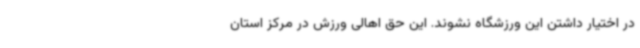
در اختیار داشتن این ورزشگاه نشوند. این حق اهالی ورزش در مرکز استان